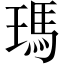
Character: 瑪